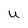
Character: u